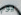
يوم